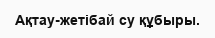
Ақтау-жетібай су құбыры.